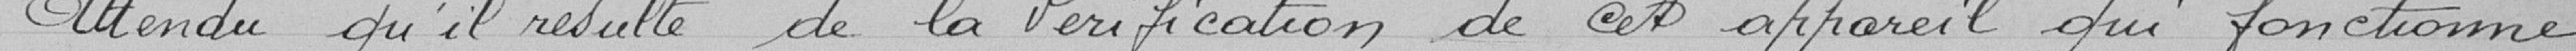
Attendu qu'il résulte de la vérification de cet appareil qui fonctionne